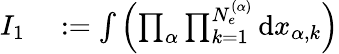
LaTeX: \begin{array}{rl}{I_{1}}&{{}:=\int{\left(\prod_{\alpha}\prod_{k=1}^{N_{e}^{(\alpha)}}{\mathrm{d}x_{\alpha,k}}\right)}}\end{array}